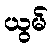
ယွမ်